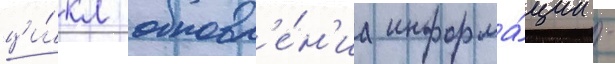
ци́кл обновл'е́н'иа информа́ции -